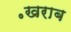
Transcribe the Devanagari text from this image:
॰खराब